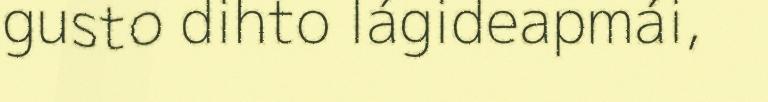
gusto dihto lágideapmái,